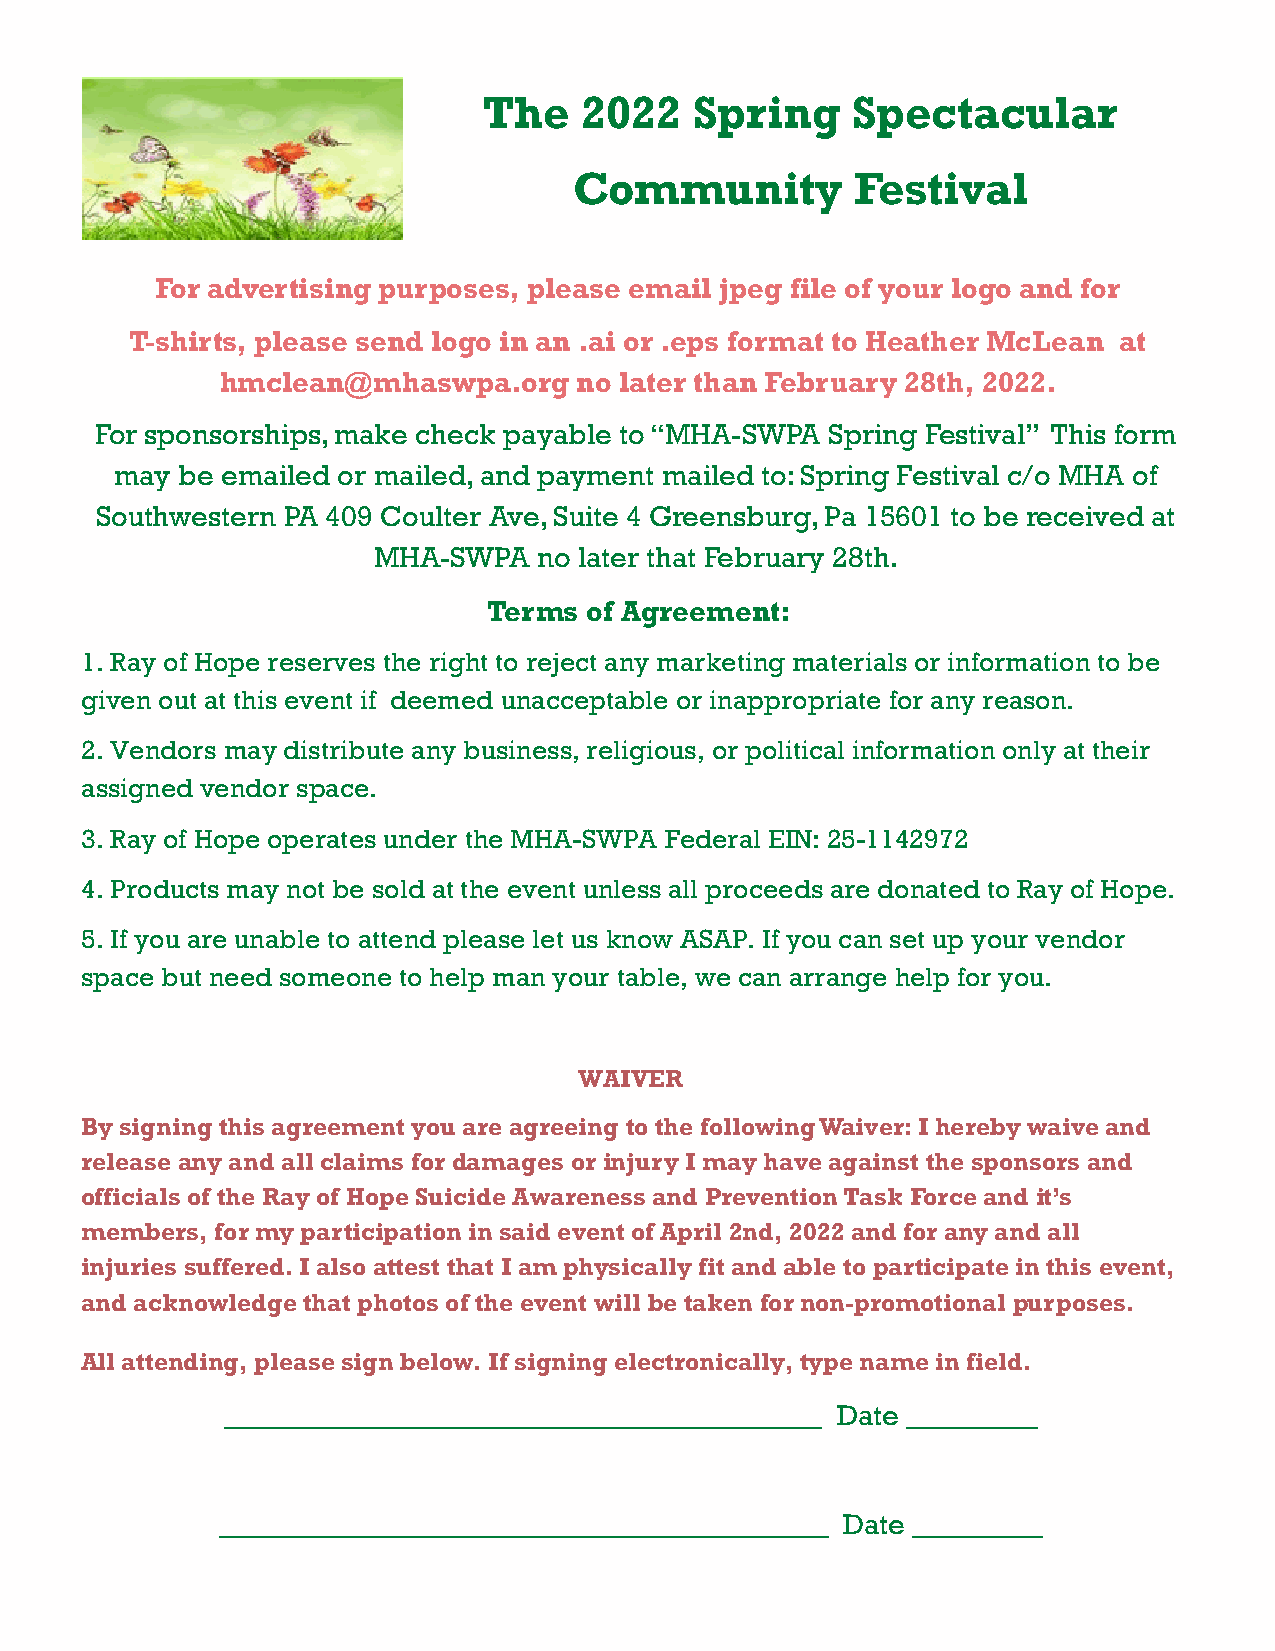
The   2022    Spring    Spectacular
 Community          Festival
 For advertising purposes, please email jpeg file of your logo and for
 T-shirts, please send logo in an .ai or .eps format to Heather McLean at
 hmclean@mhaswpa.org    no later than February 28th, 2022.
 For sponsorships, make check payable to “MHA-SWPA Spring Festival” This form
 may be emailed or mailed, and payment mailed to: Spring Festival c/o MHA of
 Southwestern PA 409 Coulter Ave, Suite 4 Greensburg, Pa 15601 to be received at
 MHA-SWPA   no later that February 28th.
 Terms  of Agreement:
 1. Ray of Hope reserves the right to reject any marketing materials or information to be
 given out at this event if deemed unacceptable or inappropriate for any reason.
 2. Vendors may distribute any business, religious, or political information only at their
 assigned vendor space.
 3. Ray of Hope operates under the MHA-SWPA Federal EIN: 25-1142972
 4. Products may not be sold at the event unless all proceeds are donated to Ray of Hope.
 5. If you are unable to attend please let us know ASAP. If you can set up your vendor
 space but need someone to help man your table, we can arrange help for you.
 WAIVER
 By signing this agreement you are agreeing to the following Waiver: I hereby waive and
 release any and all claims for damages or injury I may have against the sponsors and
 officials of the Ray of Hope Suicide Awareness and Prevention Task Force and it’s
 members, for my participation in said event of April 2nd, 2022 and for any and all
 injuries suffered. I also attest that I am physically fit and able to participate in this event,
 and acknowledge that photos of the event will be taken for non-promotional purposes.
 All attending, please sign below. If signing electronically, type name in field.
 _________________________________________ Date _________
 __________________________________________ Date _________